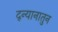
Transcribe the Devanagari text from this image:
द्न्यानातुन